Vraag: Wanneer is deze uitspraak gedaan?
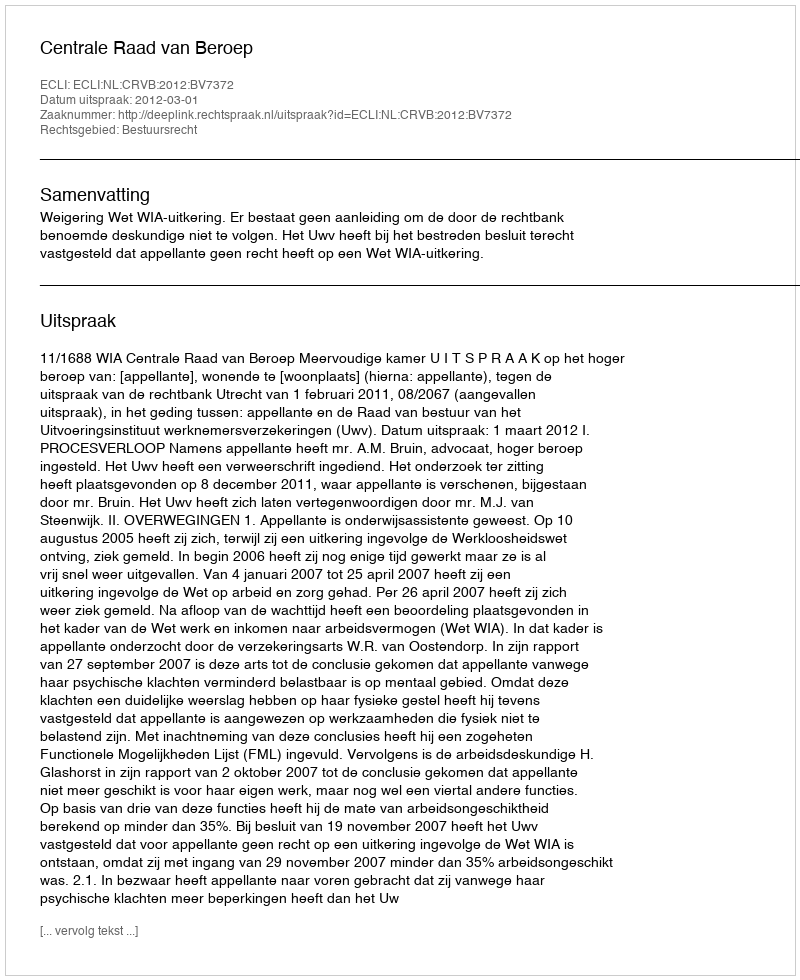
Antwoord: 2012-03-01